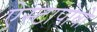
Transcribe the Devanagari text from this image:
ऐस्टापोवो